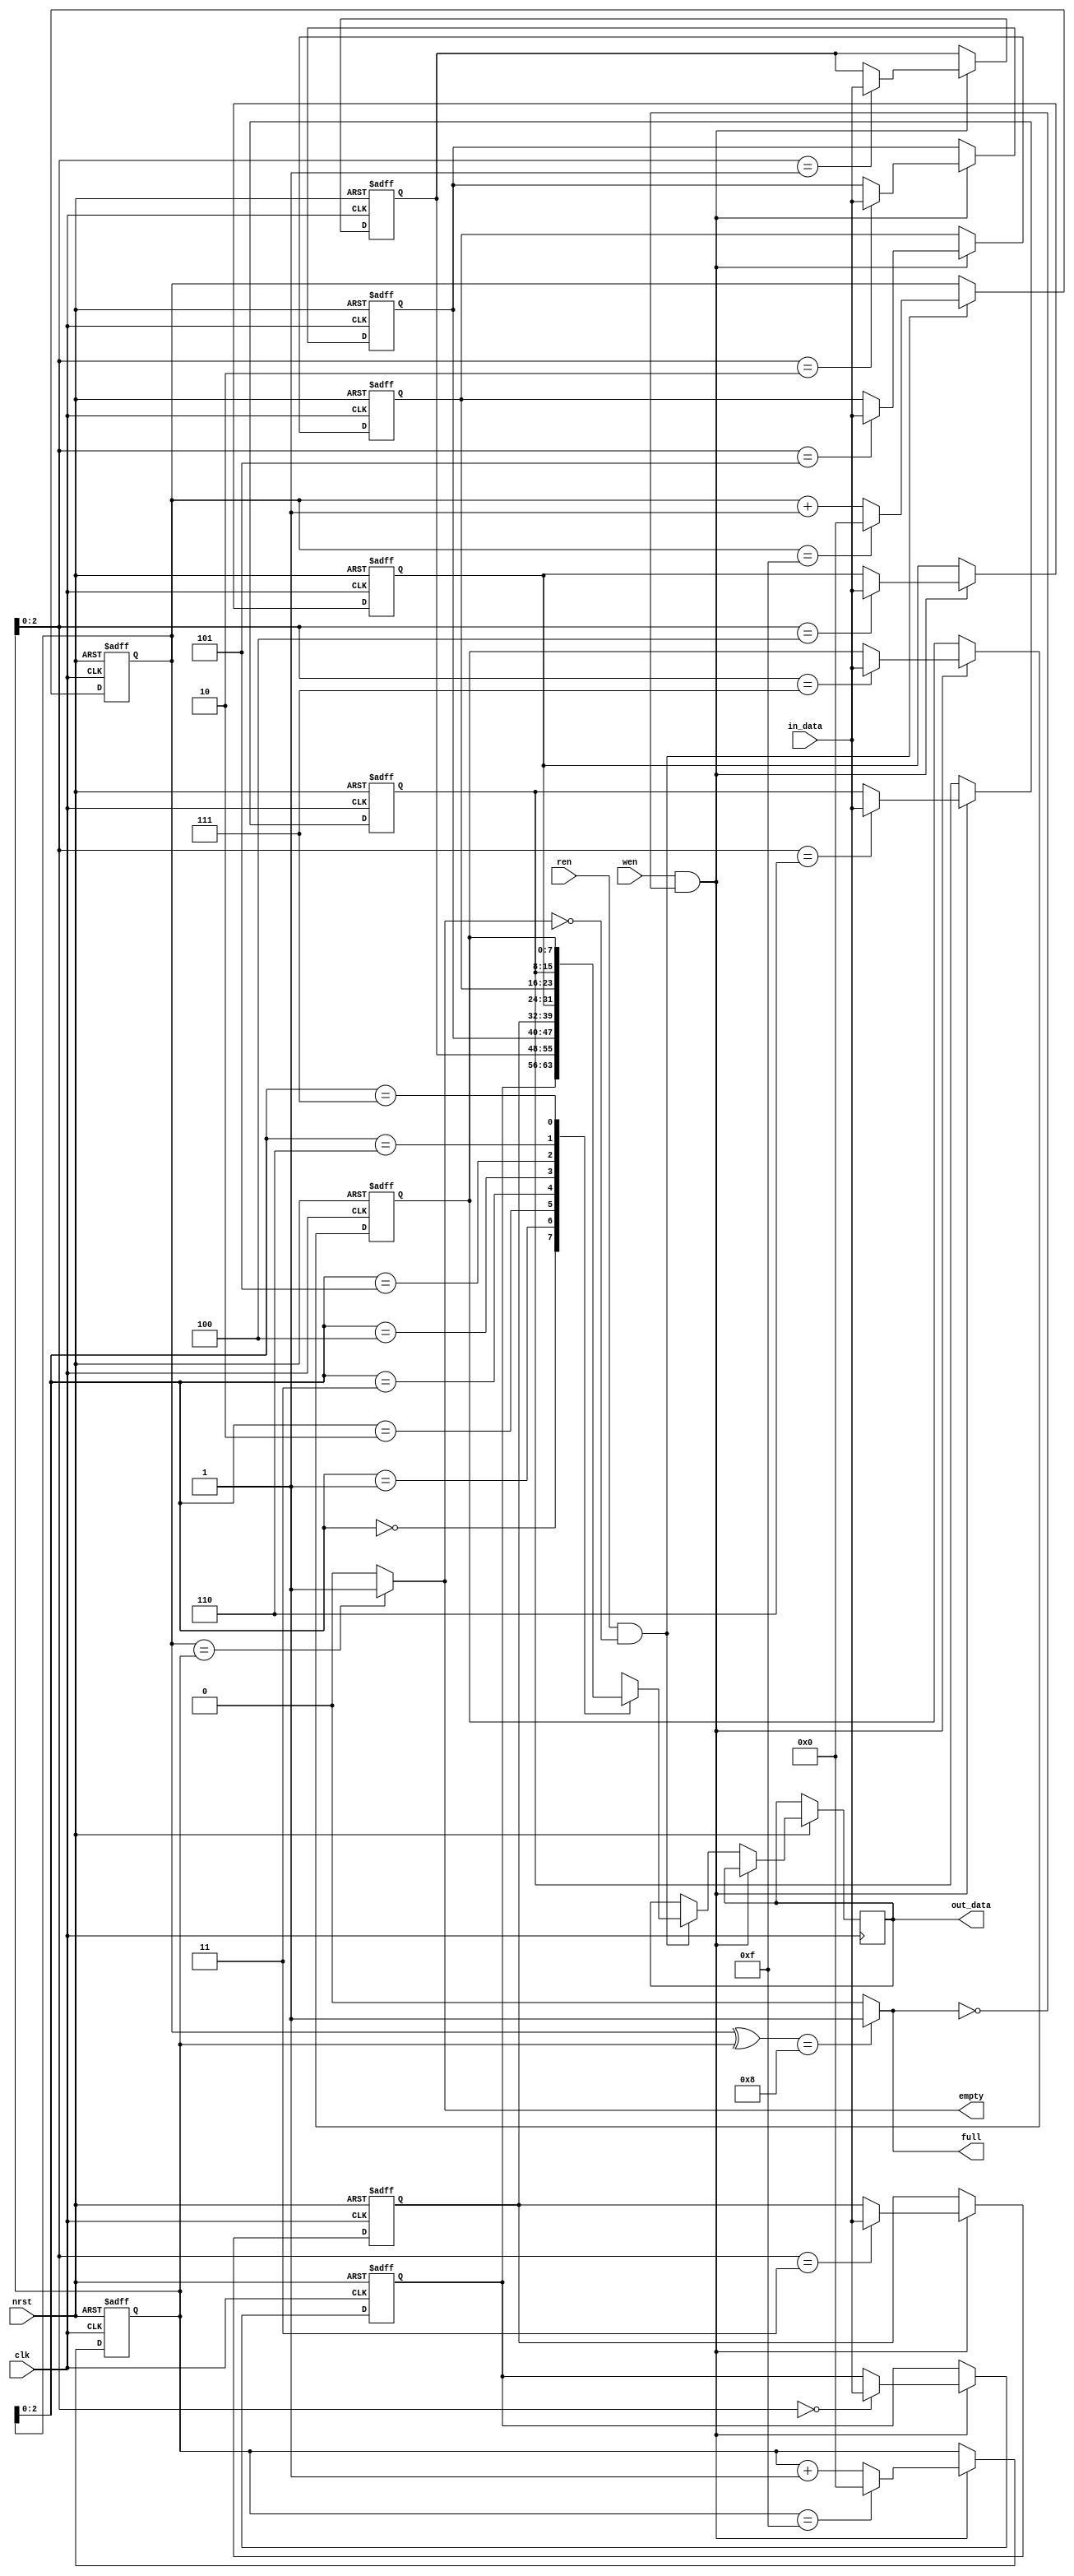
module my_fifo(
	input	clk,
	input	nrst,
	input	wen,
	input	[7:0]	in_data,
	input	ren,
	output	reg	[7:0]	out_data,
	output	empty,
	output	full
);
//	write and read address
reg	[3:0]	w_add,r_add;
always@(posedge clk or negedge nrst)begin
	if(!nrst)
		w_add	<=	4'd0;
	else if(wen == 1'b1	&&	full == 1'b0)begin
		if(w_add == 4'b1111)
			w_add	<=	4'd0;
		else
			w_add	<=	w_add	+	1'b1;
	end
	else
		w_add	<=	w_add;
end

always@(posedge clk or negedge nrst)begin
	if(!nrst)
		r_add	<=	4'd0;
	else if(ren == 1'b1	&&	empty == 1'b0)begin
		if(r_add == 4'b1111)
			r_add	<=	4'd0;
		else
			r_add	<=	r_add	+	1'b1;
	end
	else
		r_add	<=	r_add;
end


//	write and read data
reg	[7:0]	data	[7:0];
integer i;
always@(posedge clk or negedge nrst)begin
	if(!nrst)begin
		for(i = 0 ; i<8; i = i+1)
			data[i]	<=	8'd0;
	end
	else if(wen == 1'b1	&&	full == 1'b0)
		data[w_add]	<=	in_data;
	else if(ren == 1'b1	&&	empty == 1'b0)
		out_data	<=	data[r_add];
end
		
// empty and full signal
assign	empty	=	(r_add	==	w_add)	?	1'b1	:	1'b0;
assign	full	=	((r_add	^	w_add) == 4'b1000)	?	1'b1	:	1'b0;

endmodule